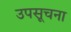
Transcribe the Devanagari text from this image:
उपसूचना